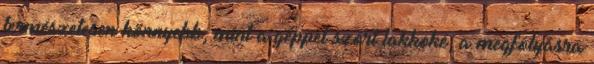
természetesen könnyebb, mint a géppel szórt lakkoké, a megfolyásra